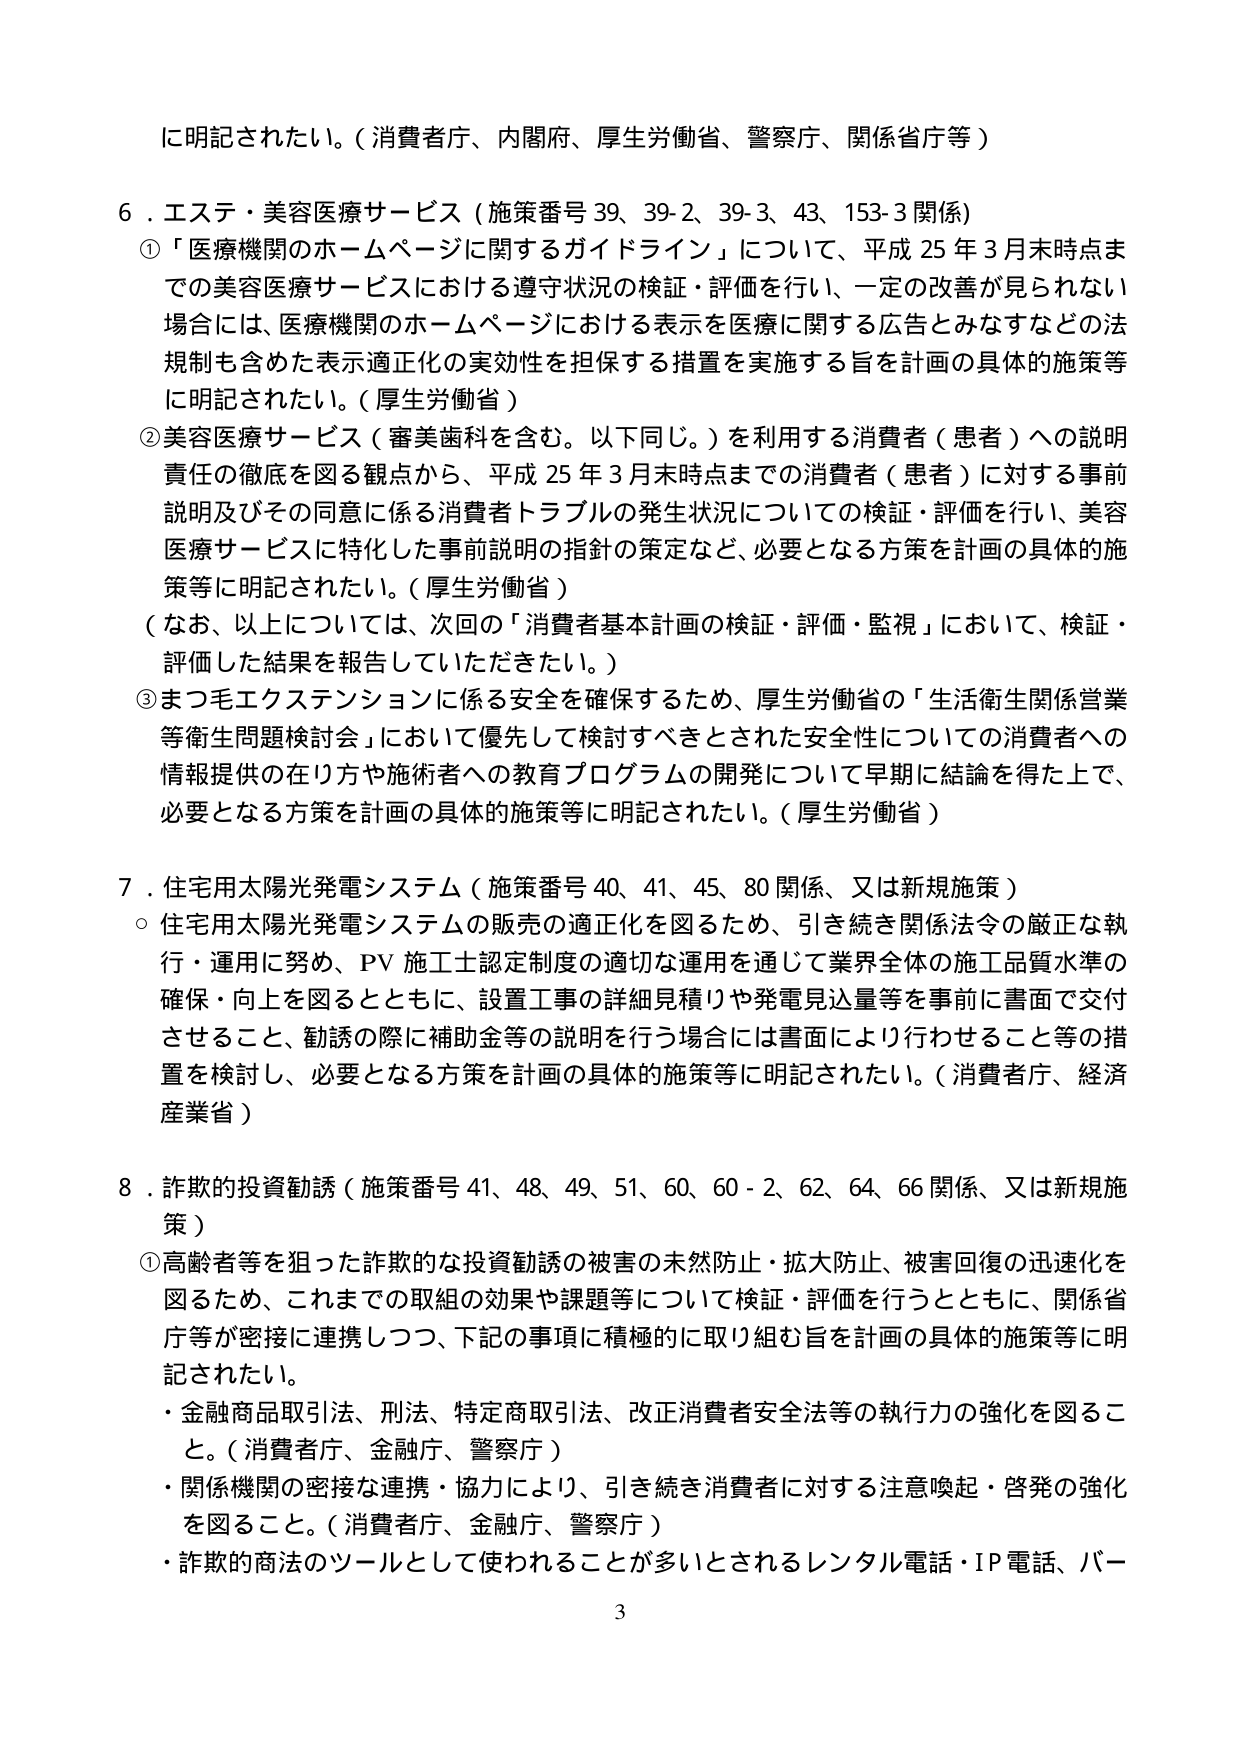
に明記されたい。（消費者庁、内閣府、厚生労働省、警察庁、関係省庁等）

6．エステ・美容医療サービス（施策番号 39、39-2、39-3、43、153-3 関係）
①「医療機関のホームページに関するガイドライン」について、平成 25 年 3 月末時点までの美容医療サービスにおける遵守状況の検証・評価を行い、一定の改善が見られない場合には、医療機関のホームページにおける表示を医療に関する広告とみなすなどの法規制も含めた表示適正化の実効性を担保する措置を実施する旨を計画の具体的施策等に明記されたい。（厚生労働省）
②美容医療サービス（審美歯科を含む。以下同じ。）を利用する消費者（患者）への説明責任の徹底を図る観点から、平成 25 年 3 月末時点までの消費者（患者）に対する事前説明及びその同意に係る消費者トラブルの発生状況についての検証・評価を行い、美容医療サービスに特化した事前説明の指針の策定など、必要となる方策を計画の具体的施策等に明記されたい。（厚生労働省）
（なお、以上については、次回の「消費者基本計画の検証・評価・監視」において、検証・評価した結果を報告していただきたい。）
③まつ毛エクステンションに係る安全を確保するため、厚生労働省の「生活衛生関係営業等衛生問題検討会」において優先して検討すべきとされた安全性についての消費者への情報提供の在り方や施術者への教育プログラムの開発について早期に結論を得た上で、必要となる方策を計画の具体的施策等に明記されたい。（厚生労働省）

7．住宅用太陽光発電システム（施策番号 40、41、45、80 関係、又は新規施策）
○住宅用太陽光発電システムの販売の適正化を図るため、引き続き関係法令の厳正な執行・運用に努め、PV 施工士認定制度の適切な運用を通じて業界全体の施工品質水準の確保・向上を図るとともに、設置工事の詳細見積りや発電見込量等を事前に書面で交付させること、勧誘の際に補助金等の説明を行う場合には書面により行わせること等の措置を検討し、必要となる方策を計画の具体的施策等に明記されたい。（消費者庁、経済産業省）

8．詐欺的投資勧誘（施策番号 41、48、49、51、60、60-2、62、64、66 関係、又は新規施策）
①高齢者等を狙った詐欺的な投資勧誘の被害の未然防止・拡大防止、被害回復の迅速化を図るため、これまでの取組の効果や課題等について検証・評価を行うとともに、関係省庁等が密接に連携しつつ、下記の事項に積極的に取り組む旨を計画の具体的施策等に明記されたい。
・金融商品取引法、刑法、特定商取引法、改正消費者安全法等の執行力の強化を図ること。（消費者庁、金融庁、警察庁）
・関係機関の密接な連携・協力により、引き続き消費者に対する注意喚起・啓発の強化を図ること。（消費者庁、金融庁、警察庁）
・詐欺的商法のツールとして使われることが多いとされるレンタル電話・IP 電話、バー

3